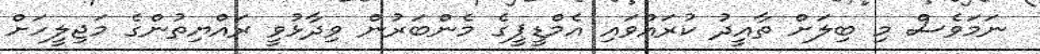
ނަމަވެސް މި ބިލަށް ތާއީދު ކުރައްވައި އެމްޑީޕީގެ މެންބަރުން ވިދާޅުވީ ރައްޔިތުންގެ މަޖިލީހަށް